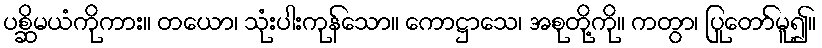
ပစ္ဆိမယံကိုကား။ တယော၊ သုံးပါးကုန်သော။ ကောဋ္ဌာသေ၊ အစုတို့ကို။ ကတွာ၊ ပြုတော်မူ၍။